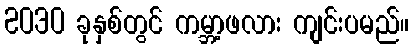
2030 ခုနှစ်တွင် ကမ္ဘာ့ဖလား ကျင်းပမည်။